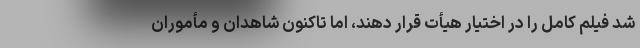
شد فیلم کامل را در اختیار هیأت قرار دهند، اما تاکنون شاهدان و مأموران